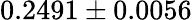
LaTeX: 0.2491\pm 0.0056